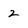
Character: 2